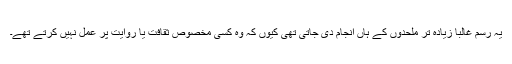
یہ رسم غالبا زیادہ تر ملحدوں کے ہاں انجام دی جاتی تھی کیوں کہ وہ کسی مخصوص ثقافت یا روایت پر عمل نہیں کرتے تھے۔